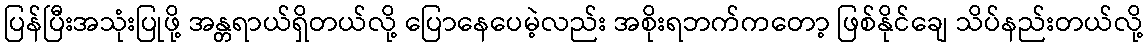
ပြန်ပြီးအသုံးပြုဖို့ အန္တရာယ်ရှိတယ်လို့ ပြောနေပေမဲ့လည်း အစိုးရဘက်ကတော့ ဖြစ်နိုင်ချေ သိပ်နည်းတယ်လို့